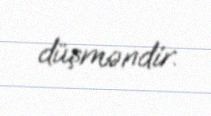
düşməndir.